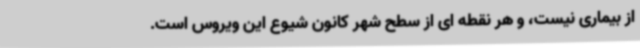
از بیماری نیست، و هر نقطه ای از سطح شهر کانون شیوع این ویروس است.